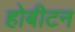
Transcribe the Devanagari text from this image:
होबीटन